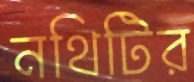
নথিটির